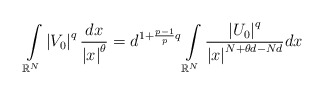
\begin{align*}\int\limits_{\mathbb{R}^{N}}\left\vert V_{0}\right\vert ^{q}\frac{dx}{\left\vert x\right\vert^{\theta}}=d^{1+\frac{p-1}{p}q}\int\limits_{\mathbb{R}^{N}}\frac{\left\vert U_{0}\right\vert ^{q}}{\left\vert x\right\vert^{N+\theta d-Nd}}dx\end{align*}